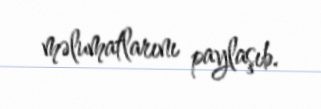
məlumatlarını paylaşıb.